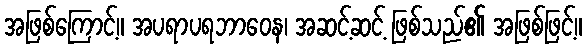
အဖြစ်ကြောင့်။ အပရာပရဘာဝေန၊ အဆင့်ဆင့် ဖြစ်သည်၏ အဖြစ်ဖြင့်။